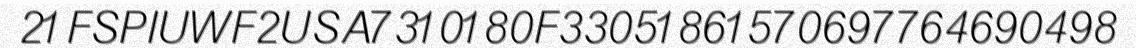
21FSPIUWF2USA7310180F33051861570697764690498